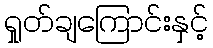
ရှုတ်ချကြောင်းနှင့်